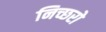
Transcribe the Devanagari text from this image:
निच्छरो